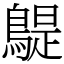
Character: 𪂿